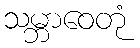
သမ္ဘာဝေတုံ